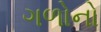
ગળોનો